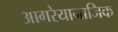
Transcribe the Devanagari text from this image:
आगरेयानाजिक